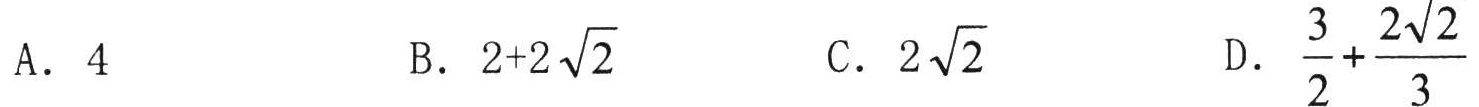
A. \(4\)
B. \(2 + 2\sqrt{2}\)
C. \(2\sqrt{2}\)
D. \(\dfrac{3}{2}+\dfrac{2\sqrt{2}}{3}\)